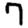
Digit: 7